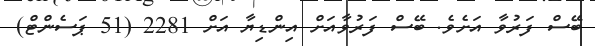
ބޭސް ފަރުވާ އަށެވެ. ބޭސް ފަރުވާއަށް އިންޑިޔާ އަށް 2281 (51 ޕަސެންޓް)